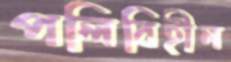
পলিবিহীন